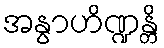
အနွာဟိဏ္ဍန္တိ